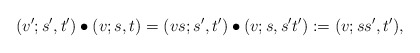
\begin{align*}(v';s',t') \bullet (v;s,t) = (vs; s',t') \bullet (v;s,s't') := (v; ss',t') ,\end{align*}